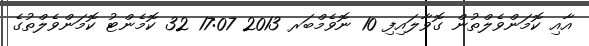
އާއި ކޮމަންވެލްތުން ގޮވާލައިފި 10 ނޮވެމްބަރ 2013 17:07 32 ކޮމެންޓު ކޮމަންވެލްތުގެ